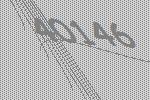
40146